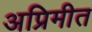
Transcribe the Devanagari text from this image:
अप्रिमीत